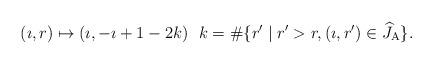
LaTeX: \begin{align*}(\imath, r)\mapsto (\imath, -\imath+1-2k)\ \ k=\#\{r'\mid r'> r, (\imath, r')\in \widehat{J}_{\mathrm{A}}\}. \end{align*}